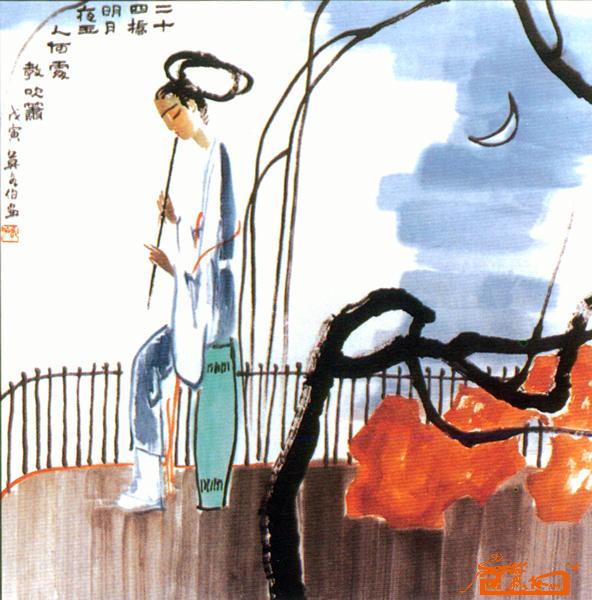
二十四桥明月夜，玉人何处教吹箫？